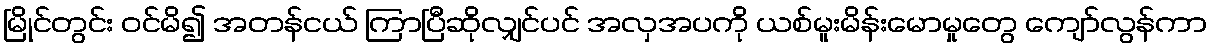
မြိုင်တွင်း ဝင်မိ၍ အတန်ငယ် ကြာပြီဆိုလျှင်ပင် အလှအပကို ယစ်မူးမိန်းမောမှုတွေ ကျော်လွန်ကာ